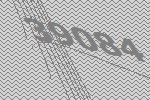
39084